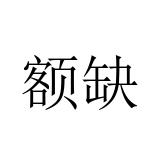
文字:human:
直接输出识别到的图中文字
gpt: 额缺